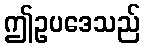
ဤဥပဒေသည်